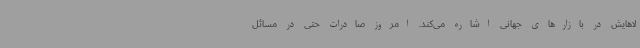
لاهایش در بازارهای جهانی اشاره می‌کند. امروز صادرات حتی در مسائل